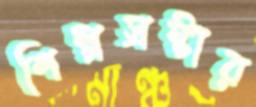
শিল্পস্রষ্টার